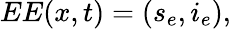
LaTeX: EE(x,t)=(s_{e},i_{e}),